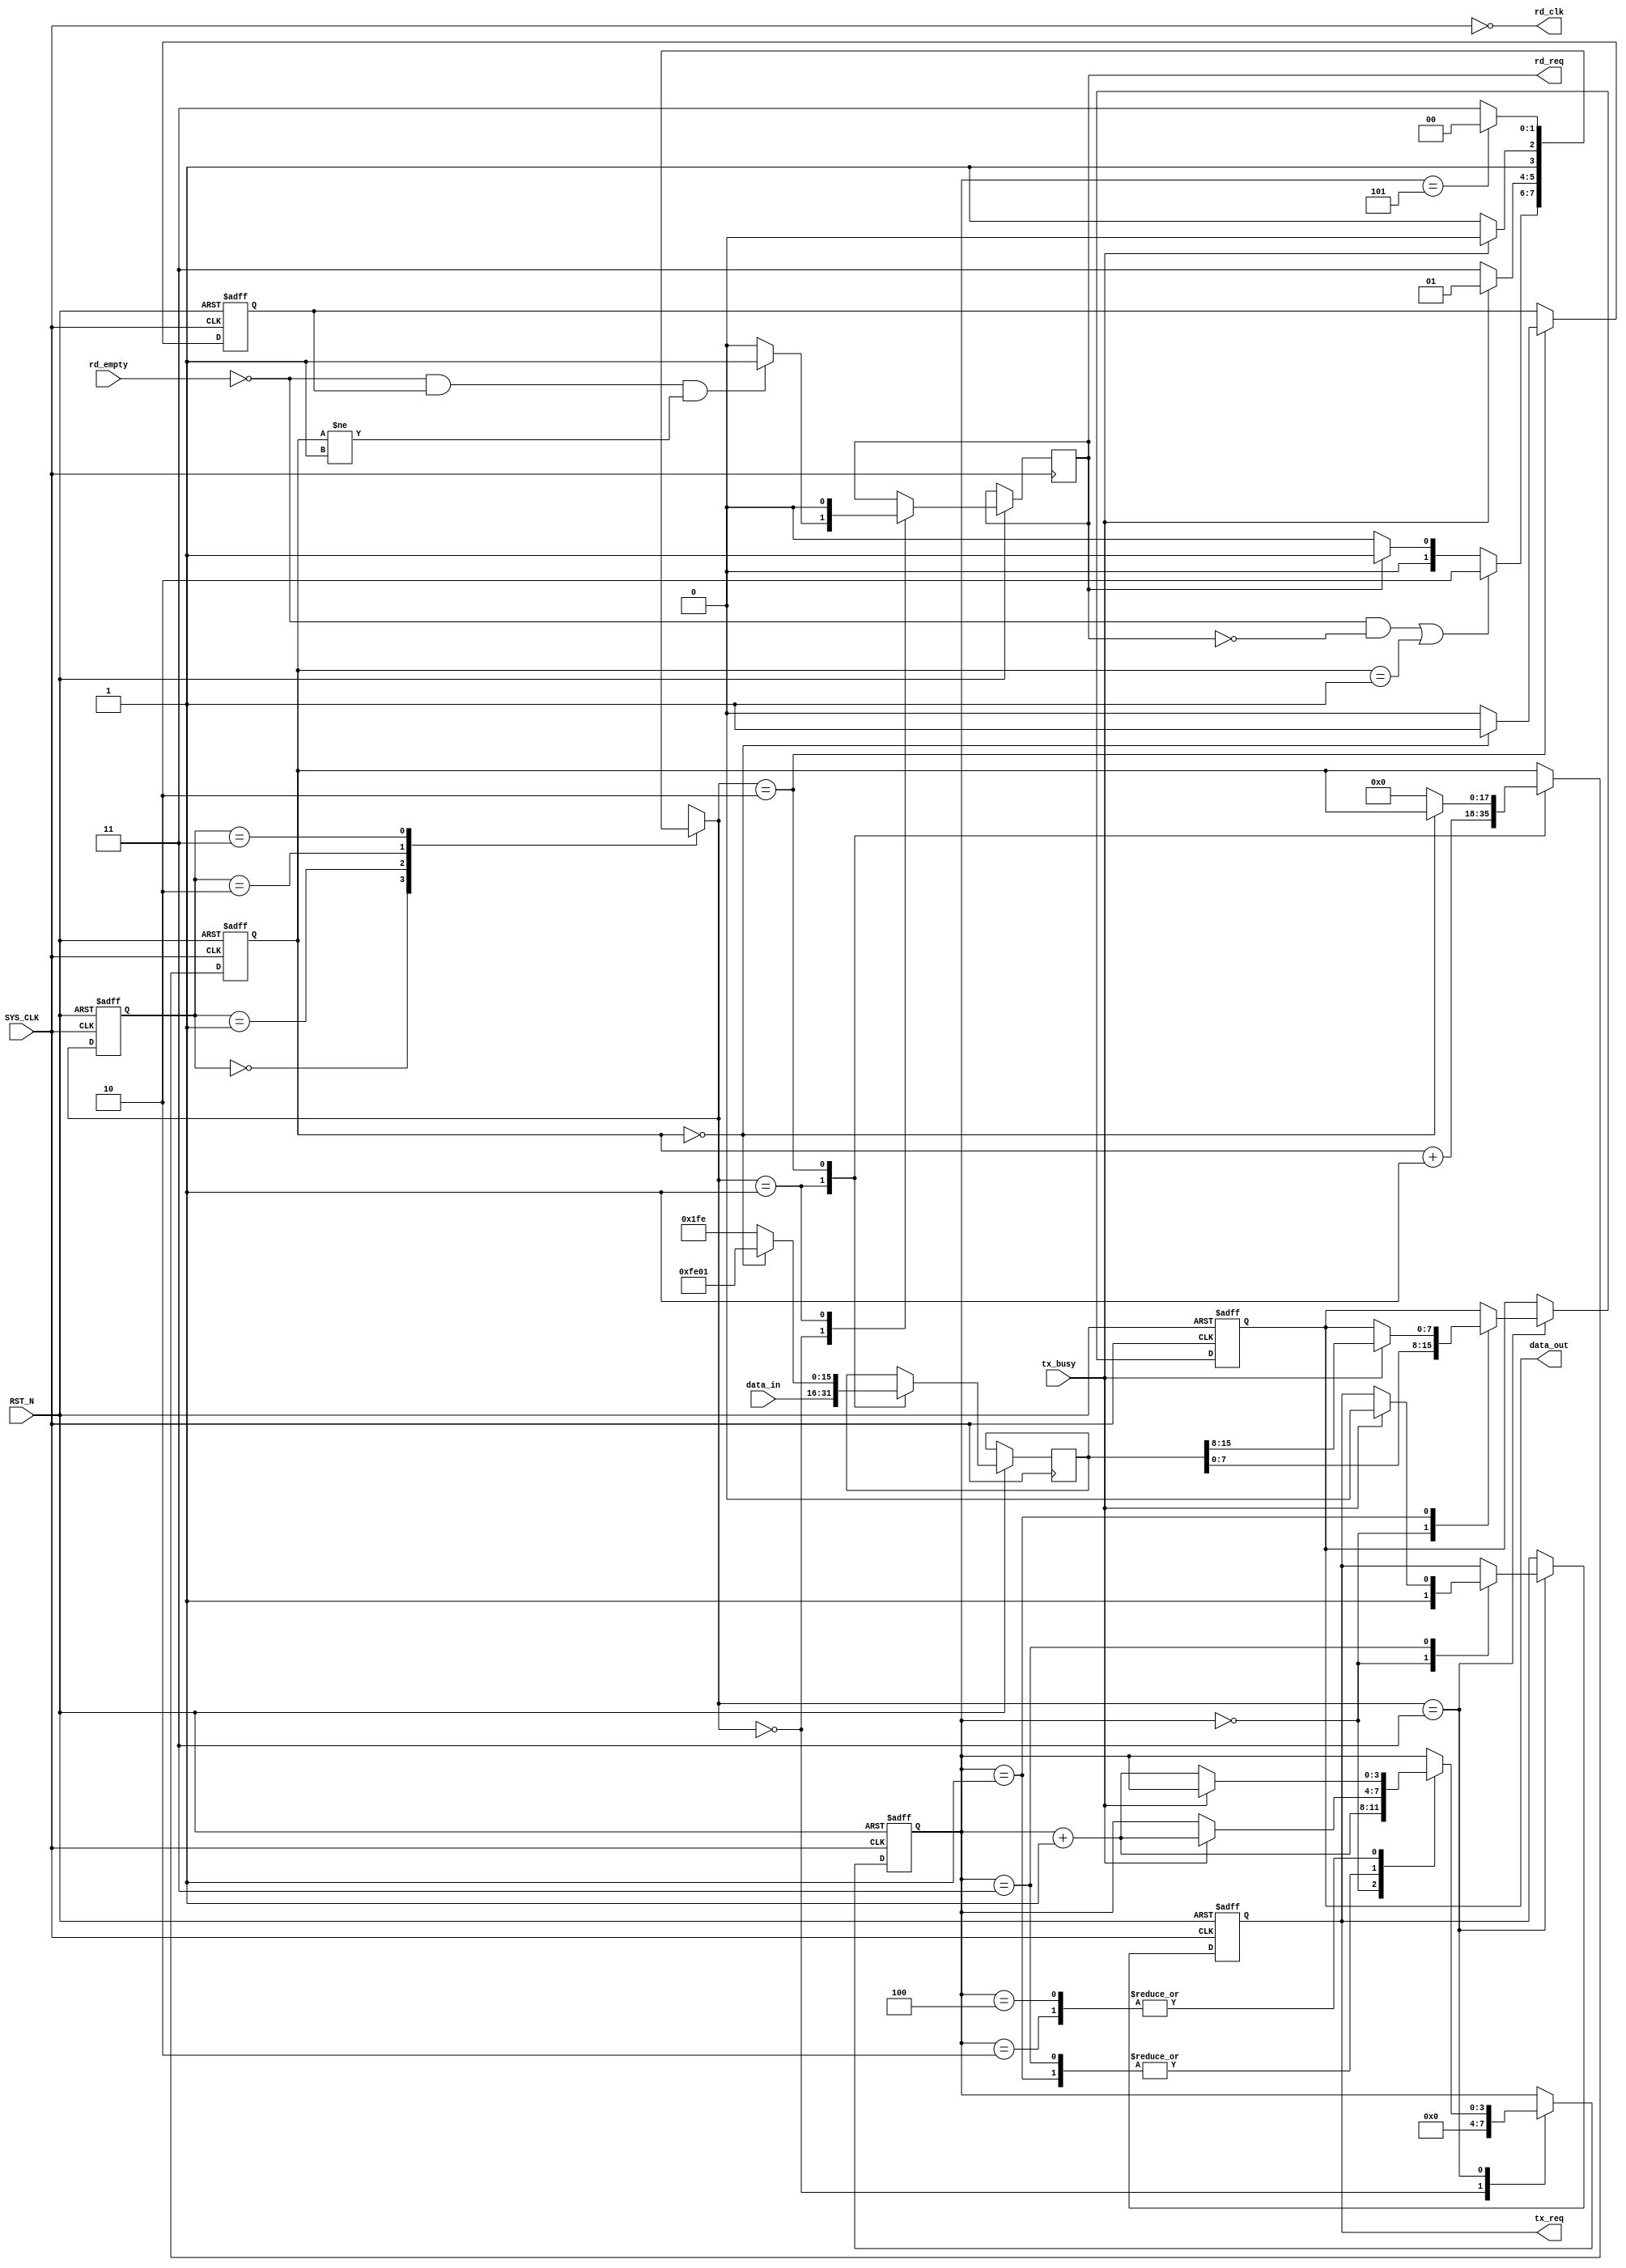
module UART_Txd_CTRL(
//system interface
input						SYS_CLK		,					//
input 						RST_N		,					//
//FIFO interface
input			[15:0]		data_in 	,
input						rd_empty	,
output						rd_clk		,
output	reg					rd_req		,
//other 
output	reg		[7:0]		data_out	,
output	reg					tx_req		,
input						tx_busy

);
//------------------------------------------------------
//-- 
//------------------------------------------------------
reg				[1:0]		state		;
reg				[1:0]		state_n		;
reg				[3:0]		step_cnt	;

reg				[15:0]		send_data	;
reg				[17:0]		send_cnt	;
reg							cmd_flag	;

//------------------------------------------------------
//-- 
//------------------------------------------------------

`define		IMAGE_SIZE 1										//
localparam UART_SEND_MODE = 8'h01 ;							//,1: 2:CCD 3:
localparam	IDLE = 2'D0 ,LATCH = 2'D1 ,CMD = 2'D2 ,SEND = 2'D3 ;

//------------------------------------------------------
//-- 
//------------------------------------------------------
assign	rd_clk = ~SYS_CLK ;									//FIFO

//------------------------------------------------------
//-- ,
//------------------------------------------------------
always@(posedge SYS_CLK or negedge RST_N) begin
	if(!RST_N) begin
		state <= IDLE ;
	end
	else begin
		state <= state_n ;
	end

end
//------------------------------------------------------
//-- ,
//------------------------------------------------------
always@(*) begin
	case(state)
		IDLE: begin
			if((!rd_empty && !rd_req )||(send_cnt == `IMAGE_SIZE)) begin					//fifo,fifo,
				state_n = CMD ;
			end
			else if(rd_req)begin							//fifo,
				state_n = LATCH ;
			end
			else begin										
				state_n = IDLE ;
			end
		end
		LATCH: begin										//,
			if(!tx_busy) begin
				state_n = SEND ;
			end
			else begin
				state_n = LATCH ;
			end
		end
		CMD: begin											//,
			if(!tx_busy) begin
				state_n = SEND ;
			end
			else begin
				state_n = CMD ;
			end
		end
		SEND: begin											
			if(step_cnt == 'd5) begin						//,
				state_n = IDLE ;
			end
			else begin
				state_n = SEND ;
			end
		end
		default: begin
			state_n = IDLE ;
		end
	endcase

end
//------------------------------------------------------
//-- ,
//------------------------------------------------------
always@(posedge SYS_CLK or negedge RST_N) begin
	if(!RST_N) begin
		tx_req <= 1'b0 ;
		data_out <= 8'hff ; 
		step_cnt <= 'b0 ;
		send_cnt <= 'b0 ;
		cmd_flag <= 1'b0 ;
	end
	else begin
		case(state_n)
			IDLE: begin
				if(!rd_empty && cmd_flag != 'd0 && send_cnt != `IMAGE_SIZE) begin	//fifo,,fifo
					rd_req <= 1'b1 ;
				end
				else begin
					rd_req <= 1'b0 ;
				end
				step_cnt <= 'b0 ;
			end
			LATCH: begin
				rd_req <= 1'b0 ;
				send_cnt <= send_cnt + 1'b1 ;
				send_data <= data_in ;
			end
			CMD: begin
				if(send_cnt == 'd0) begin								//
					send_data <= {~UART_SEND_MODE ,UART_SEND_MODE} ;
					// send_data <= 16'hfe01 ;
					cmd_flag <= 1'b1 ;
				end
				else begin												//
					send_data <= {UART_SEND_MODE ,~UART_SEND_MODE} ;
					// send_data <= 16'h01fe ;
					send_cnt <= 'b0 ;
					cmd_flag <= 'b0 ;
				end
				
			end
			SEND: begin
				case(step_cnt)
					0: begin
						data_out <= send_data[7:0] ;
						step_cnt <= step_cnt + 1'b1 ;
						tx_req <= 1'b1 ;
					end
					1: begin
						if(tx_busy) begin
							step_cnt <= step_cnt + 1'b1 ;
							data_out <= send_data[15:8] ;
						end	
					end
					2: begin
						if(!tx_busy) begin
							step_cnt <= step_cnt + 1'b1 ;
						end	
					end
					3: begin
						if(tx_busy) begin
							step_cnt <= step_cnt + 1'b1 ;
							tx_req <= 1'b0 ;
						end	
					end
					4: begin
						if(!tx_busy) begin
							step_cnt <= step_cnt + 1'b1 ;
						end	
					end
				endcase
			end
			default: begin
				rd_req <= 1'b0 ;
				tx_req <= 1'b0 ;
				data_out <= 8'hff ; 
				step_cnt <= 'b0 ;
			end
		endcase
	end
end





endmodule